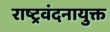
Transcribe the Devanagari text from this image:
राष्ट्रवंदनायुक्त